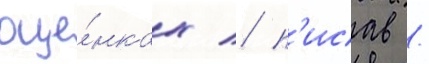
оце́нках / п'исав /